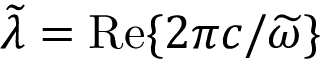
\widetilde { \lambda } = \mathrm { R e } \{ 2 \pi c / \widetilde { \omega } \}